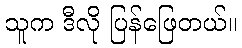
သူက ဒီလို ပြန်ဖြေတယ်။